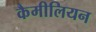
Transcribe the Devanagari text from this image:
कैमीलियन